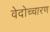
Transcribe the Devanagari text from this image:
वेदोच्चारण